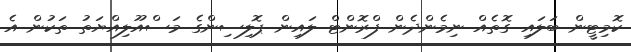
ކޮމިޓީން ބަލައި ގޮތެއް ނިމެންދެން ފްރޮންޓް ލައިން ޕޮލިސިންގެ މަސްއޫލިއްޔަތު ތަކުން އެ